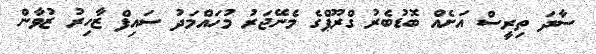
ސާދަ ތިރީސް އަށެއް ބޮޑުބެރު ގްރޫޕްގެ މެނޭޖަރު މުހައްމަދު ސައިފް ޒާހިރު ޒުވާން